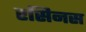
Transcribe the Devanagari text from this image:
रसिनस